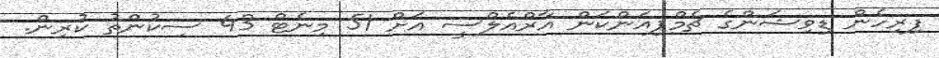
ފިރިހެން ޑިވިޝަންގެ ޗެމްޕިއަންކަން އާރްއެލްސީ އަށް 51 މިނެޓް 43 ސިކުންތު ކުރިން.